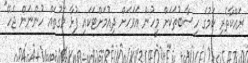
ރައްކާތެރި ކަމުގެ ހިސާބުތަކަށް މީހުން އަވަހަށް ދިއުމަށްޓަކައި ފުޅާ މަގުތައް ހުންނަން ޖެހޭ"